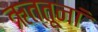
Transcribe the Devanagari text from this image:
ऋत्तूनां